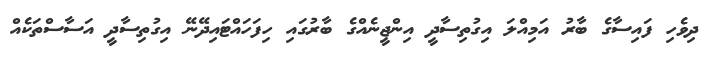
ދިވެހި ފައިސާގެ ބާރު އަމިއްލަ އިގުތިސާދީ އިންޖީނެއްގެ ބާރުގައި ހިފަހައްޓައިދޭނޭ އިގުތިސާދީ އަސާސްތަކެއް